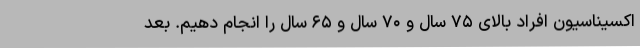
اکسیناسیون افراد بالای ۷۵ سال و ۷۰ سال و ۶۵ سال را انجام دهیم. بعد